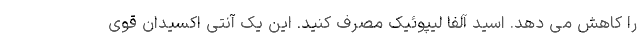
را کاهش می دهد. اسید آلفا لیپوئیک مصرف کنید. این یک آنتی اکسیدان قوی